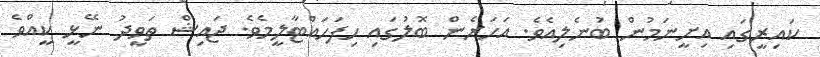
ކައިރީގައި އިށީނަމުން ބުނެލިއެވެ. އަހަރެން ބޮލުގައި ހިފަހައްޓާލީމެވެ. ޖައިޝް ތަވީދު ނޭޅީ ކީއްވެ